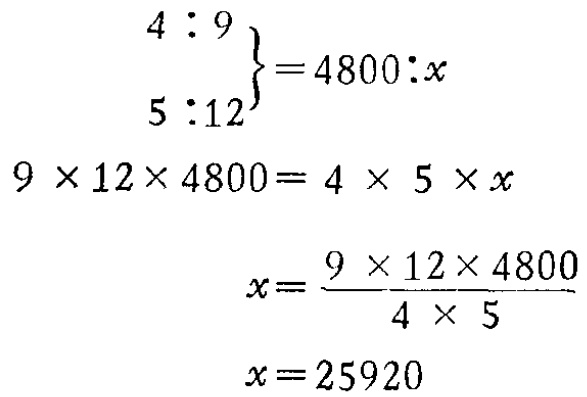
\[

\begin{align*}

\left.\begin{matrix}

4:9\\

5:12

\end{matrix}\right\}&=4800:x\\

9\times 12\times 4800&=4\times 5\times x\\

x&=\frac{9\times 12\times 4800}{4\times 5}\\

x&=25920

\end{align*}

\]